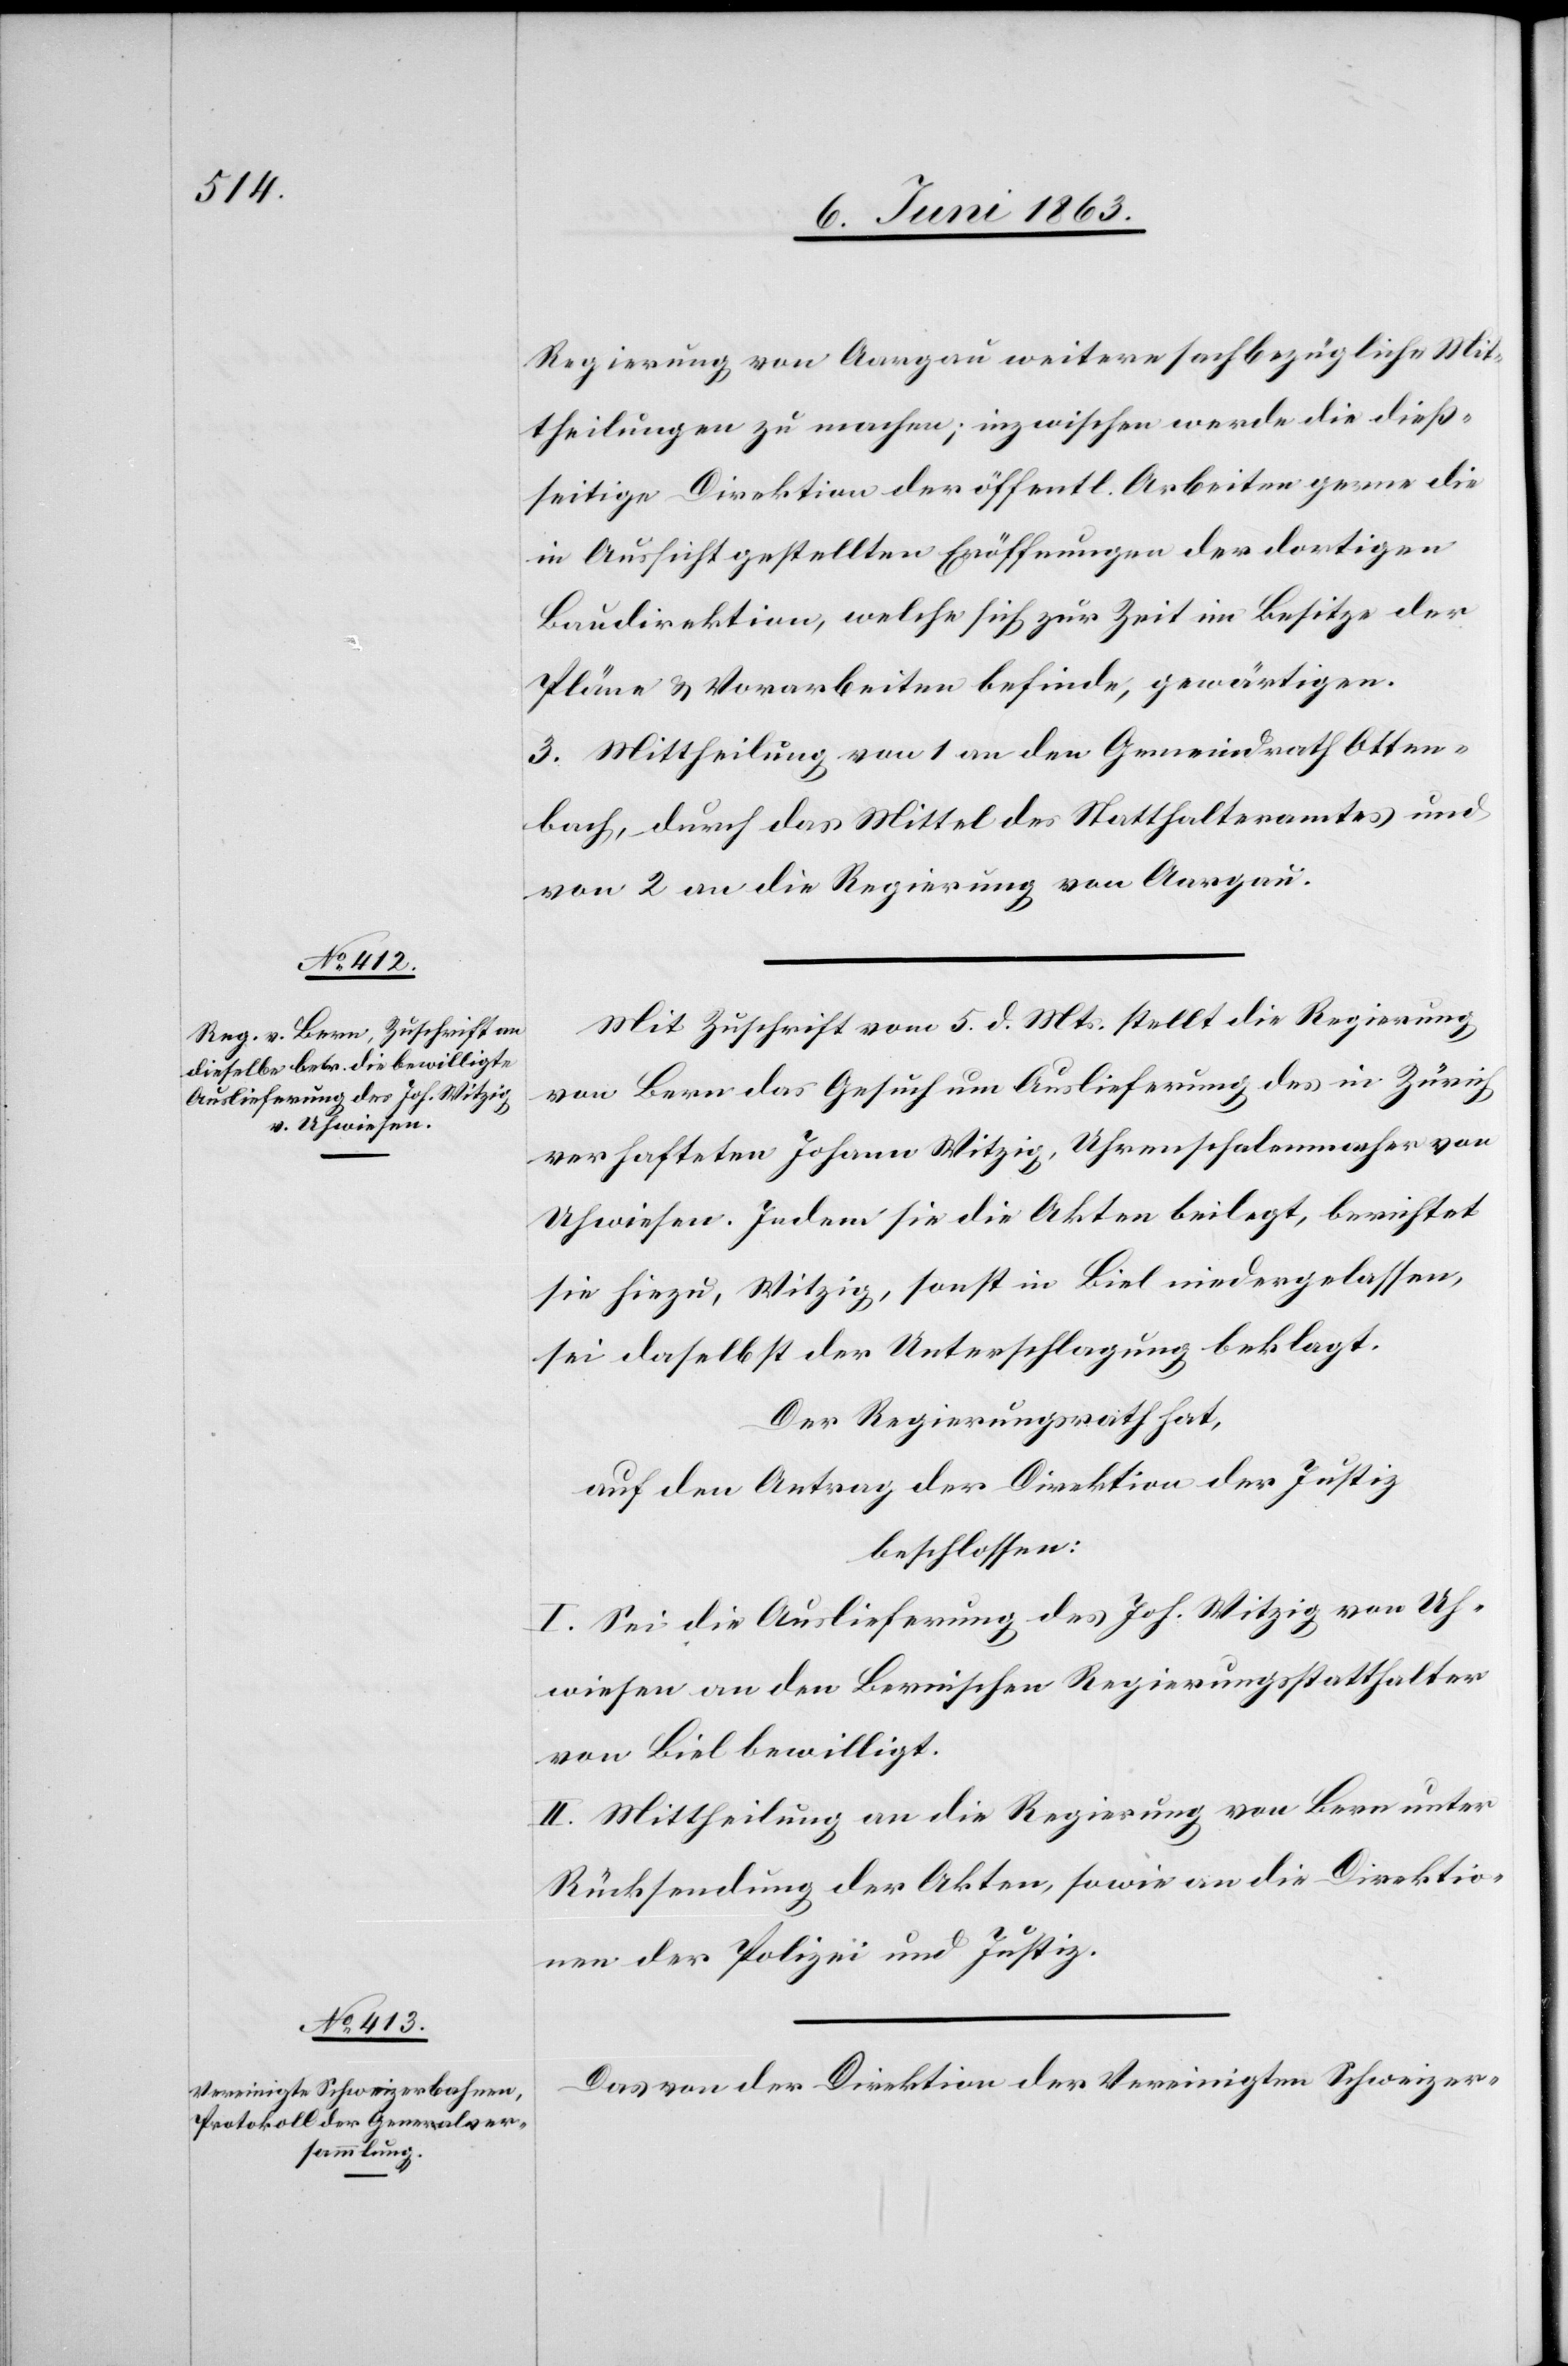
Regierung von Aargau weitere sachbezügliche Mit¬
theilungen zu machen; inzwischen werde die dieß¬
seitige Direktion der öffentl. Arbeiten gerne die
in Aussicht gestellten Eröffnungen der dortigen
Baudirektion, welche sich zur Zeit im Besitze der
Pläne & Vorarbeiten befinde, gewärtigen.
3. Mittheilung von 1 an den Gemeindrath Otten¬
bach, durch das Mittel des Statthalteramtes und
von 2 an die Regierung von Aargau.
Mit Zuschrift vom 5. d. Mts. stellt die Regierung
von Bern das Gesuch um Auslieferung des in Zürich
verhafteten Johann Witzig, Uhrenschalenmacher von
Uhwiesen. Indem sie die Akten beilegt, berichtet
sie hiezu, Witzig, sonst in Biel niedergelassen,
sei daselbst der Unterschlagung beklagt.
Der Regierungsrath hat,
auf den Antrag der Direktion der Justiz
beschlossen:
I. Sei die Auslieferung des Joh. Witzig von Uh¬
wiesen an den Bernischen Regierungsstatthalter
von Biel bewilligt.
II. Mittheilung an die Regierung von Bern unter
Rücksendung der Akten, sowie an die Direktio¬
nen der Polizei und Justiz.
Das von der Direktion der Vereinigten Schweizer-